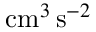
\mathrm { c m } ^ { 3 } \, \mathrm { s } ^ { - 2 }